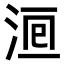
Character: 𣵨